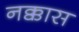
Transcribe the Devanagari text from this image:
नक्कास